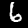
Digit: 6